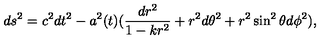
d s ^ { 2 } = c ^ { 2 } d t ^ { 2 } - a ^ { 2 } ( t ) ( \frac { d r ^ { 2 } } { 1 - k r ^ { 2 } } + r ^ { 2 } d \theta ^ { 2 } + r ^ { 2 } \sin ^ { 2 } \theta d \phi ^ { 2 } ) ,